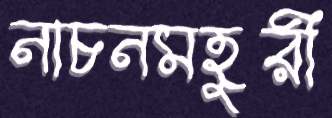
নাচনমহুরী